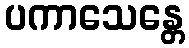
ပကာသေန္တေ